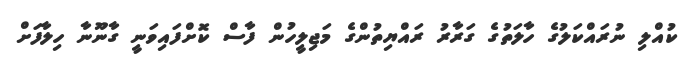
ކުއްލި ނުރައްކަލުގެ ހާލަތުގެ ގަރާރު ރައްޔިތުންގެ މަޖިލީހުން ފާސް ކޮށްފައިވަނީ ގާނޫނާ ހިލާފަށް